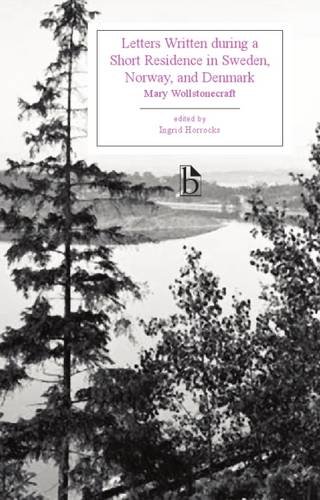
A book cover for Letters Written during a Short Residence in Sweden, Norway, and Denmark (Broadview Editions); Mary Wollstonecraft; Biographies & Memoirs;